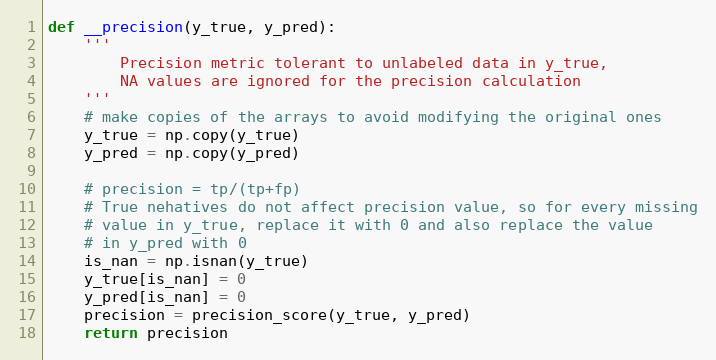
Language: Python
def __precision(y_true, y_pred):
    '''
        Precision metric tolerant to unlabeled data in y_true,
        NA values are ignored for the precision calculation
    '''
    # make copies of the arrays to avoid modifying the original ones
    y_true = np.copy(y_true)
    y_pred = np.copy(y_pred)

    # precision = tp/(tp+fp)
    # True nehatives do not affect precision value, so for every missing
    # value in y_true, replace it with 0 and also replace the value
    # in y_pred with 0
    is_nan = np.isnan(y_true)
    y_true[is_nan] = 0
    y_pred[is_nan] = 0
    precision = precision_score(y_true, y_pred)
    return precision